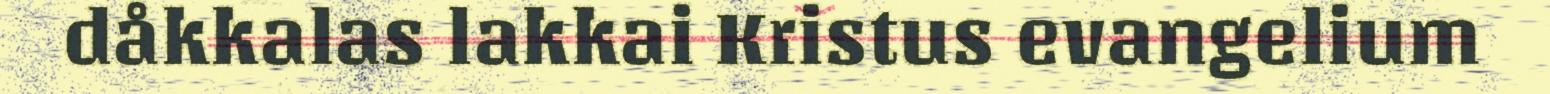
dåkkalas lakkai Kristus evangelium